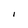
Character: I